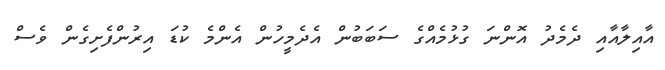
އާއިލާއާއި ދެމެދު އޮންނަ ގުޅުމެއްގެ ސަބަބުން އެދެމީހުން އެންމެ ކުޑަ އިރުންފެށިގެން ވެސް